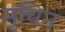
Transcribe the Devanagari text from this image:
मुचिन